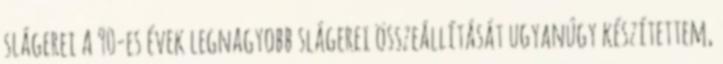
slágerei A 90-es évek legnagyobb slágerei összeállítását ugyanúgy készítettem,